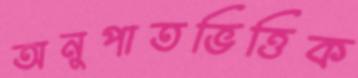
অনুপাতভিত্তিক